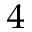
_ 4